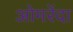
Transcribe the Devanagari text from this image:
ओमरेंदा